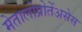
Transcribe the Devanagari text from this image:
मेतालोप्रोतेंअसेस